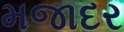
મજાદર